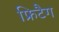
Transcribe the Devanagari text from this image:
फ्रिटैग